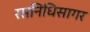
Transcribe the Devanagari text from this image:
रसनिधिसागर